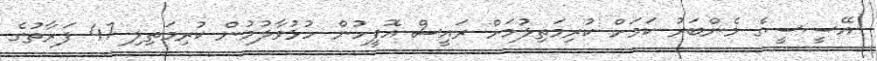
އޭސީސީގެ މެންބަރު ކަމަށް ކުރިމަތިލުމަށް ރައީސް އޮފީހުން ހުޅުވާލުމުން ކުރިމަތިލި 47 ފަރާތުގެ